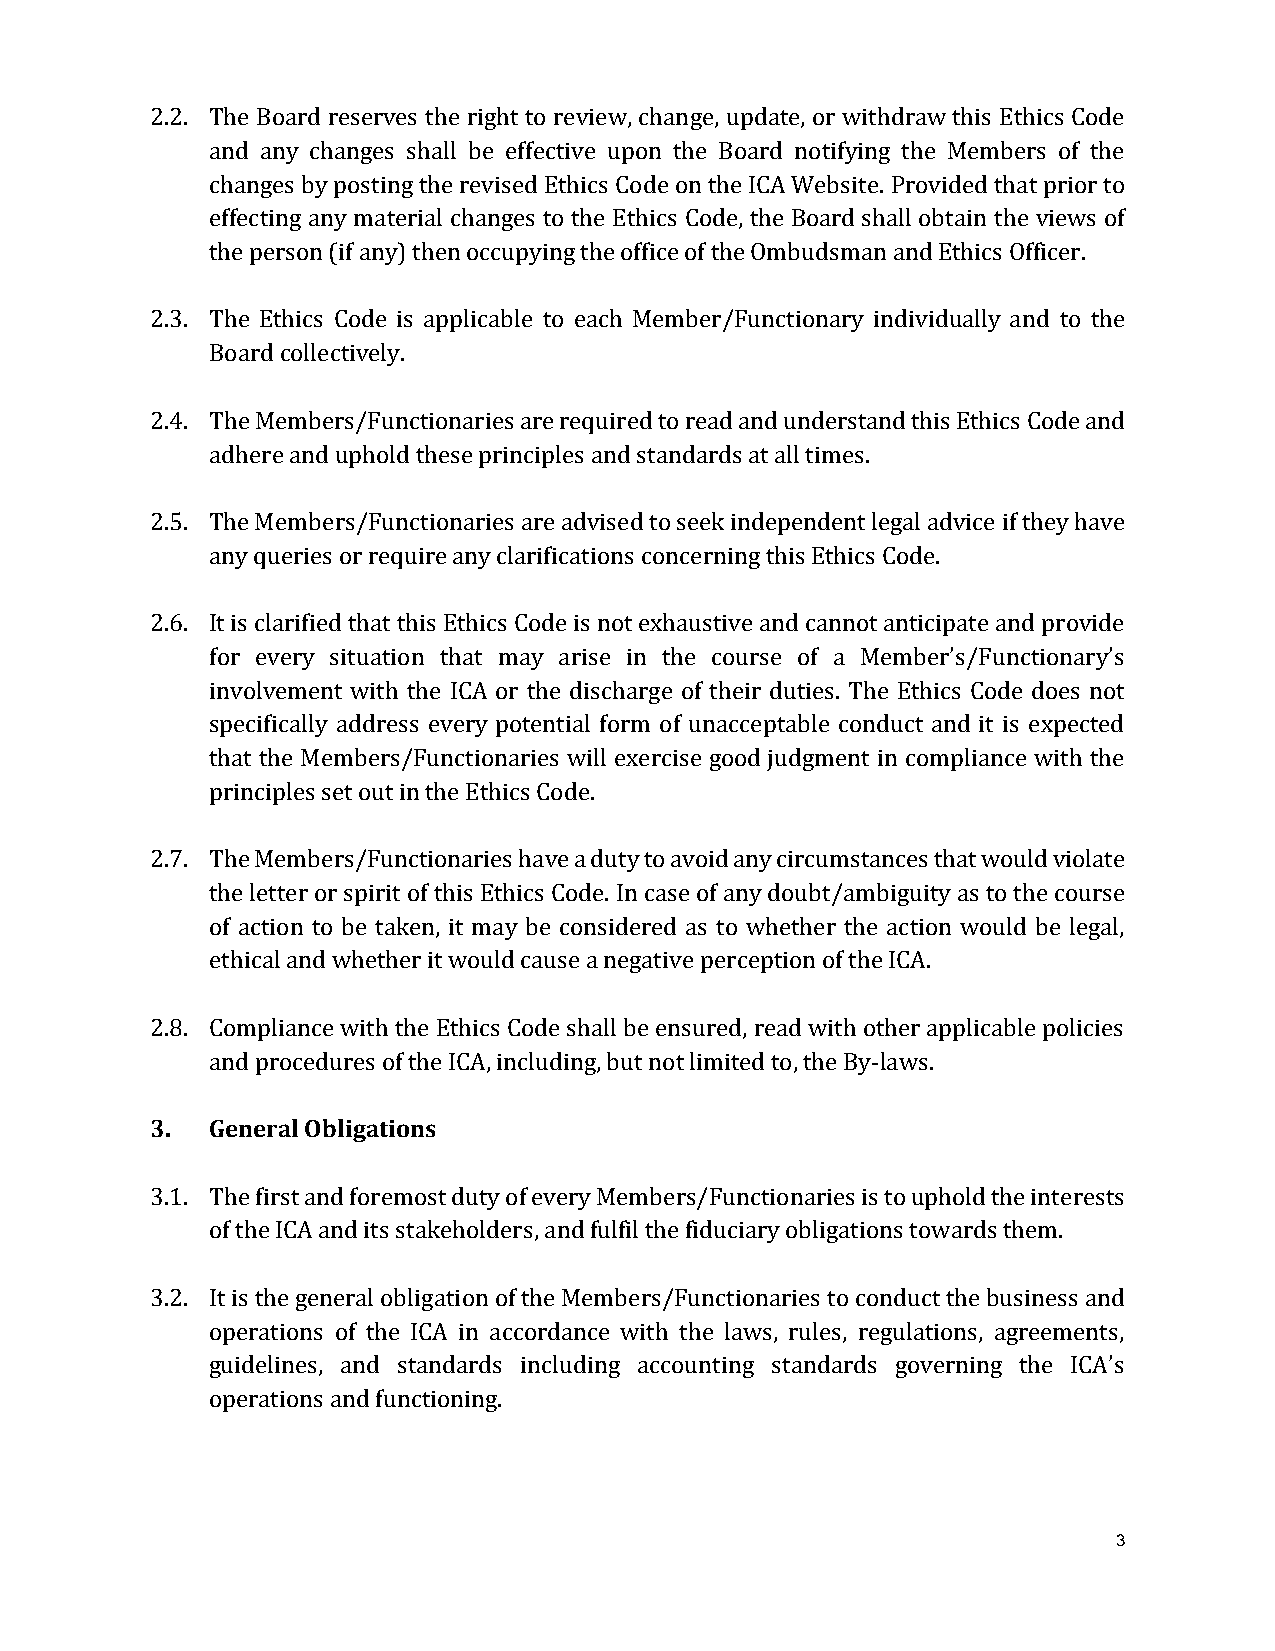
2.2. The Board reserves the right to review, change, update, or withdraw this Ethics Code
 and any changes shall be effective upon the Board notifying the Members of the
 changes by posting the revised Ethics Code on the ICA Website. Provided that prior to
 effecting any material changes to the Ethics Code, the Board shall obtain the views of
 the person (if any) then occupying the office of the Ombudsman and Ethics Officer.
 2.3. The Ethics Code is applicable to each Member/Functionary individually and to the
 Board collectively.
 2.4. The Members/Functionaries are required to read and understand this Ethics Code and
 adhere and uphold these principles and standards at all times.
 2.5. The Members/Functionaries are advised to seek independent legal advice if they have
 any queries or require any clarifications concerning this Ethics Code.
 2.6. It is clarified that this Ethics Code is not exhaustive and cannot anticipate and provide
 for every situation that may arise in the course of a Member’s/Functionary’s
 involvement with the ICA or the discharge of their duties. The Ethics Code does not
 specifically address every potential form of unacceptable conduct and it is expected
 that the Members/Functionaries will exercise good judgment in compliance with the
 principles set out in the Ethics Code.
 2.7. The Members/Functionaries have a duty to avoid any circumstances that would violate
 the letter or spirit of this Ethics Code. In case of any doubt/ambiguity as to the course
 of action to be taken, it may be considered as to whether the action would be legal,
 ethical and whether it would cause a negative perception of the ICA.
 2.8. Compliance with the Ethics Code shall be ensured, read with other applicable policies
 and procedures of the ICA, including, but not limited to, the By-laws.
 3.  General Obligations
 3.1. The first and foremost duty of every Members/Functionaries is to uphold the interests
 of the ICA and its stakeholders, and fulfil the fiduciary obligations towards them.
 3.2. It is the general obligation of the Members/Functionaries to conduct the business and
 operations of the ICA in accordance with the laws, rules, regulations, agreements,
 guidelines, and standards including accounting standards governing the ICA’s
 operations and functioning.
 3